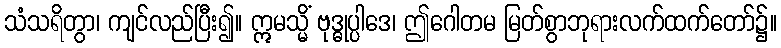
သံသရိတွာ၊ ကျင်လည်ပြီး၍။ ဣမသ္မိံ ဗုဒ္ဓုပ္ပါဒေ၊ ဤဂေါတမ မြတ်စွာဘုရားလက်ထက်တော်၌။